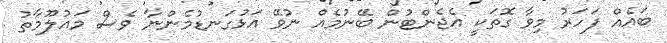
ބައެއް ފަހަރު މިވާ ގޮތަކީ އެޖެންޓުން ބޭނުމެއް ނުވޭ އަޅުގަނޑުމެންނާ ވެސް މައުލޫމާތު